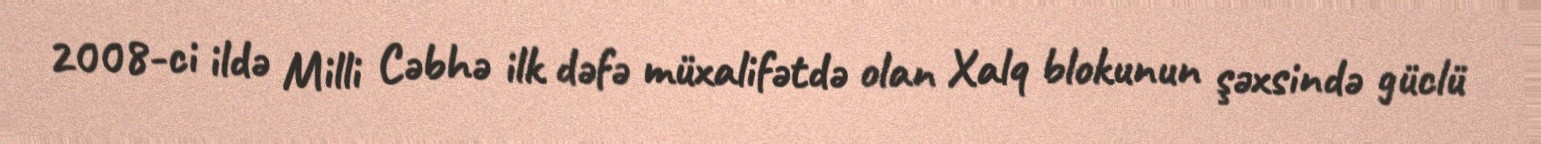
2008-ci ildə Milli Cəbhə ilk dəfə müxalifətdə olan Xalq blokunun şəxsində güclü